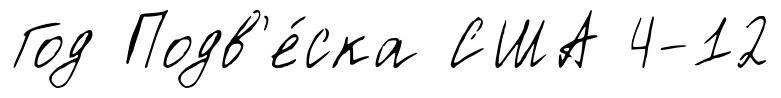
Год Подв'е́ска США 4-12